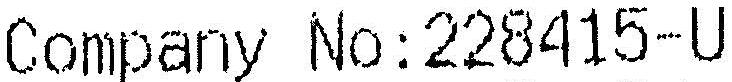
COMPANY NO:228415-U